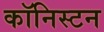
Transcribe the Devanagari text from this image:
कॉनिस्टन